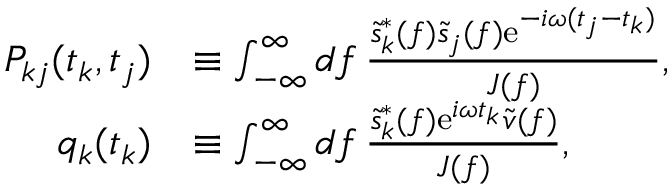
\begin{array} { r l } { P _ { k j } ( t _ { k } , t _ { j } ) } & { \equiv \int _ { - \infty } ^ { \infty } \mathop { d f } \frac { \tilde { s } _ { k } ^ { * } ( f ) \tilde { s } _ { j } ( f ) \mathrm { e } ^ { - i \omega ( t _ { j } - t _ { k } ) } } { J ( f ) } , } \\ { q _ { k } ( t _ { k } ) } & { \equiv \int _ { - \infty } ^ { \infty } \mathop { d f } \frac { \tilde { s } _ { k } ^ { * } ( f ) \mathrm { e } ^ { i \omega t _ { k } } \tilde { v } ( f ) } { J ( f ) } , } \end{array}